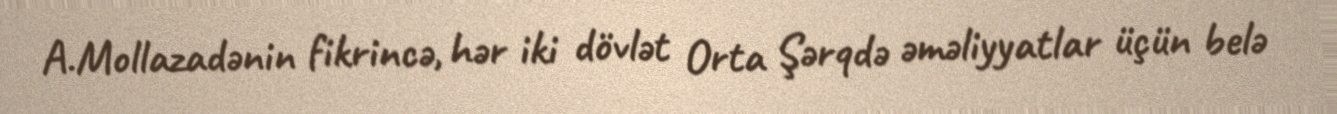
A.Mollazadənin fikrincə, hər iki dövlət Orta Şərqdə əməliyyatlar üçün belə